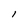
Character: I